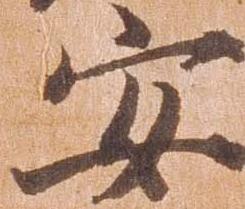
安